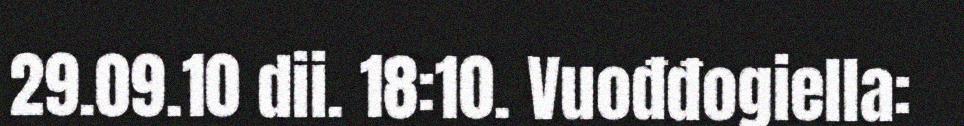
29.09.10 dii. 18:10. Vuođđogiella: